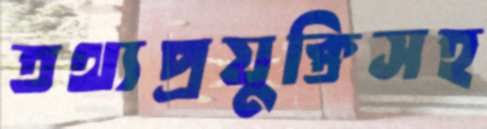
তথ্যপ্রযুক্তিসহ